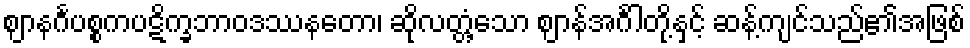
ဈာနင်္ဂပစ္စကပဋိက္ခဘာဝဒဿနတော၊ ဆိုလတ္တံ့သော ဈာန်အင်္ဂါတို့နှင့် ဆန့်ကျင်သည်၏အဖြစ်